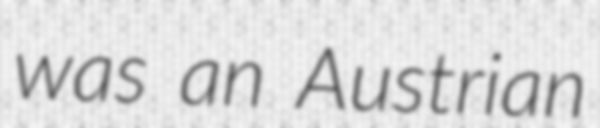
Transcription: was an Austrian